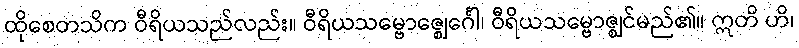
ထိုစေတသိက ဝီရိယသည်လည်း။ ဝီရိယသမ္ဗောဇ္ဈေင်္ဂေါ၊ ဝီရိယသမ္ဗောဇ္ဈင်မည်၏။ ဣတိ ဟိ၊